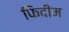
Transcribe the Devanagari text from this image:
फिदीम